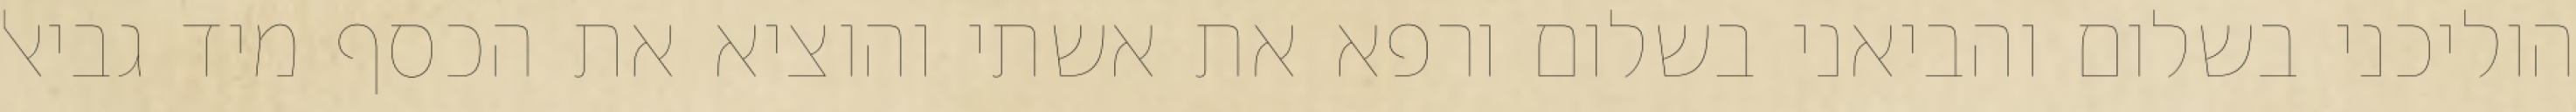
הוליכני בשלום והביאני בשלום ורפא את אשתי והוציא את הכסף מיד גביאל